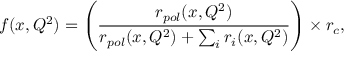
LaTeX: f ( x , Q ^ { 2 } ) = \left( \frac { r _ { p o l } ( x , Q ^ { 2 } ) } { r _ { p o l } ( x , Q ^ { 2 } ) + \sum _ { i } r _ { i } ( x , Q ^ { 2 } ) } \right) \times r _ { c } ,